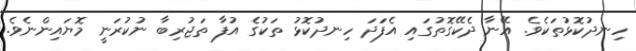
ހިނދުކޮޅުތަކެވެ. އޭނާ ދެކޭގޮތުގައި އެފަަދަ ހިނދުކޮޅު ތަކުގެ އުފާ ތަޖުރިބާ ނުކުރަނީ މޮޔައިންނެވެ.